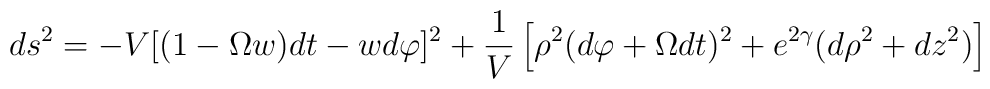
\nonumber ds^2   =  -V [(1-\Omega w)dt-w d\varphi]^2 +{1 \over V} \left[\rho^2 (d\varphi+\Omega dt)^2 +e^{2 \gamma} (d \rho^2 + dz^2 )\right]